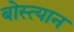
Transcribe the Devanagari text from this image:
बोस्त्यान